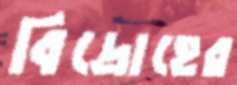
বিদ্রোহের